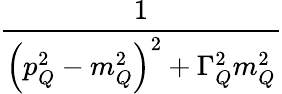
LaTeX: \frac{1}{\left(p_{Q}^{2}-m_{Q}^{2}\right)^{2}+\Gamma_{Q}^{2}m_{Q}^{2}}